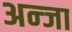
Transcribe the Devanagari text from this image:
अन्जा